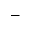
-